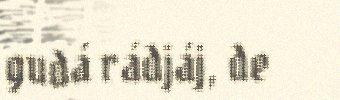
gudá rádjáj, de